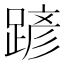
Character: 𨂪